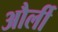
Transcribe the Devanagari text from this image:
और्ली